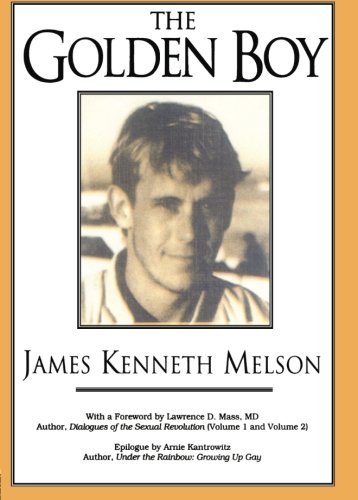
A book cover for The Golden Boy (Haworth Gay & Lesbian Studies); Robert Hatch; Health, Fitness & Dieting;